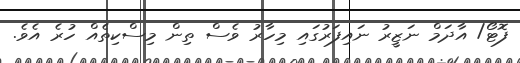
ފޮޓޯ/ އާދަމް ނަޒީރު ނައިފަރުގައި މިހާރު ވެސް ތިން މިސްކިތެއް ހުރެ އެވެ.